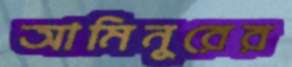
আমিনুরের